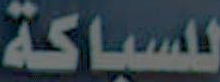
للسباكة